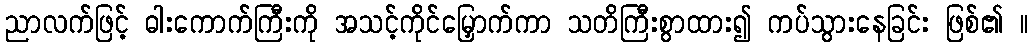
ညာလက်ဖြင့် ဓါးကောက်ကြီးကို အသင့်ကိုင်မြှောက်ကာ သတိကြီးစွာထား၍ ကပ်သွားနေခြင်း ဖြစ်၏ ။